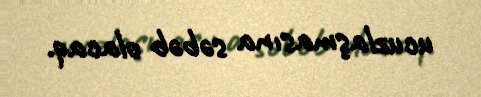
ucuzlaşmasına səbəb olacaq.